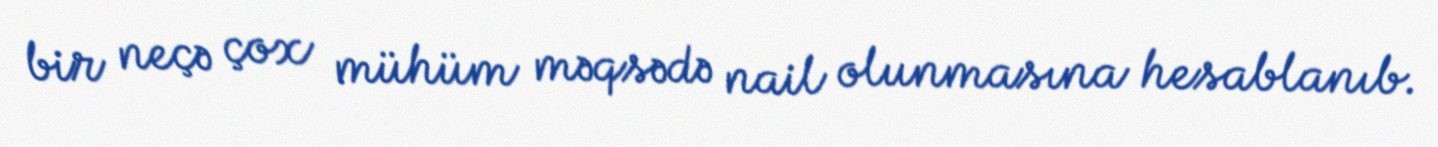
bir neçə çox mühüm məqsədə nail olunmasına hesablanıb.